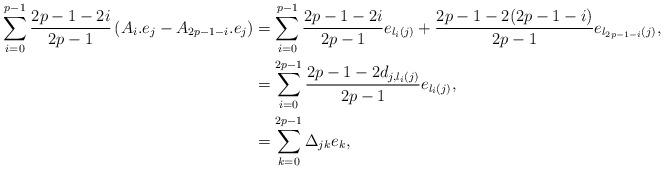
LaTeX: \begin{align*}\sum_{i=0}^{p-1} \frac{2p-1-2i}{2p-1} \left( A_{i} . e_j - A_{2p-1-i} . e_j \right) &= \sum_{i=0}^{p-1} \frac{2p-1-2i}{2p-1} e_{l_i(j)} + \frac{2p-1-2(2p-1-i)}{2p-1} e_{l_{2p-1-i}(j)}, \\&= \sum_{i=0}^{2p-1} \frac{2p-1-2d_{j,l_i(j)}}{2p-1} e_{l_{i}(j)}, \\ &=\sum_{k=0}^{2p-1} \Delta_{jk} e_{k},\end{align*}